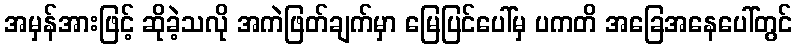
အမှန်အားဖြင့် ဆိုခဲ့သလို အကဲဖြတ်ချက်မှာ မြေပြင်ပေါ်မှ ပကတိ အခြေအနေပေါ်တွင်